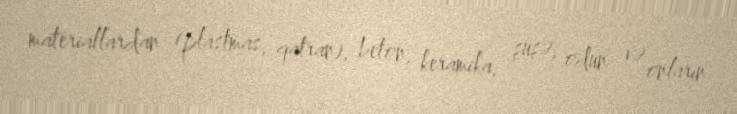
materiallardan (plastmas, qatran), beton, keramika, şüşə, odun və onların